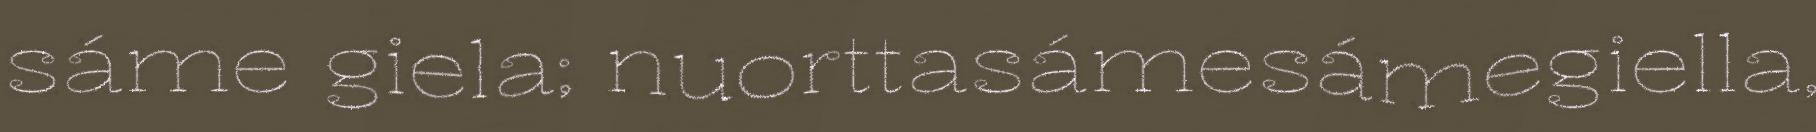
sáme giela; nuorttasámesámegiella,